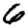
Digit: 6